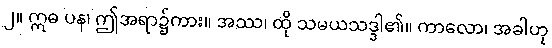
၂။ ဣဓ ပန၊ ဤအရာ၌ကား။ အဿ၊ ထို သမယသဒ္ဒါ၏။ ကာလော၊ အခါဟု